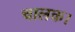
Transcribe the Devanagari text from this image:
चालक।